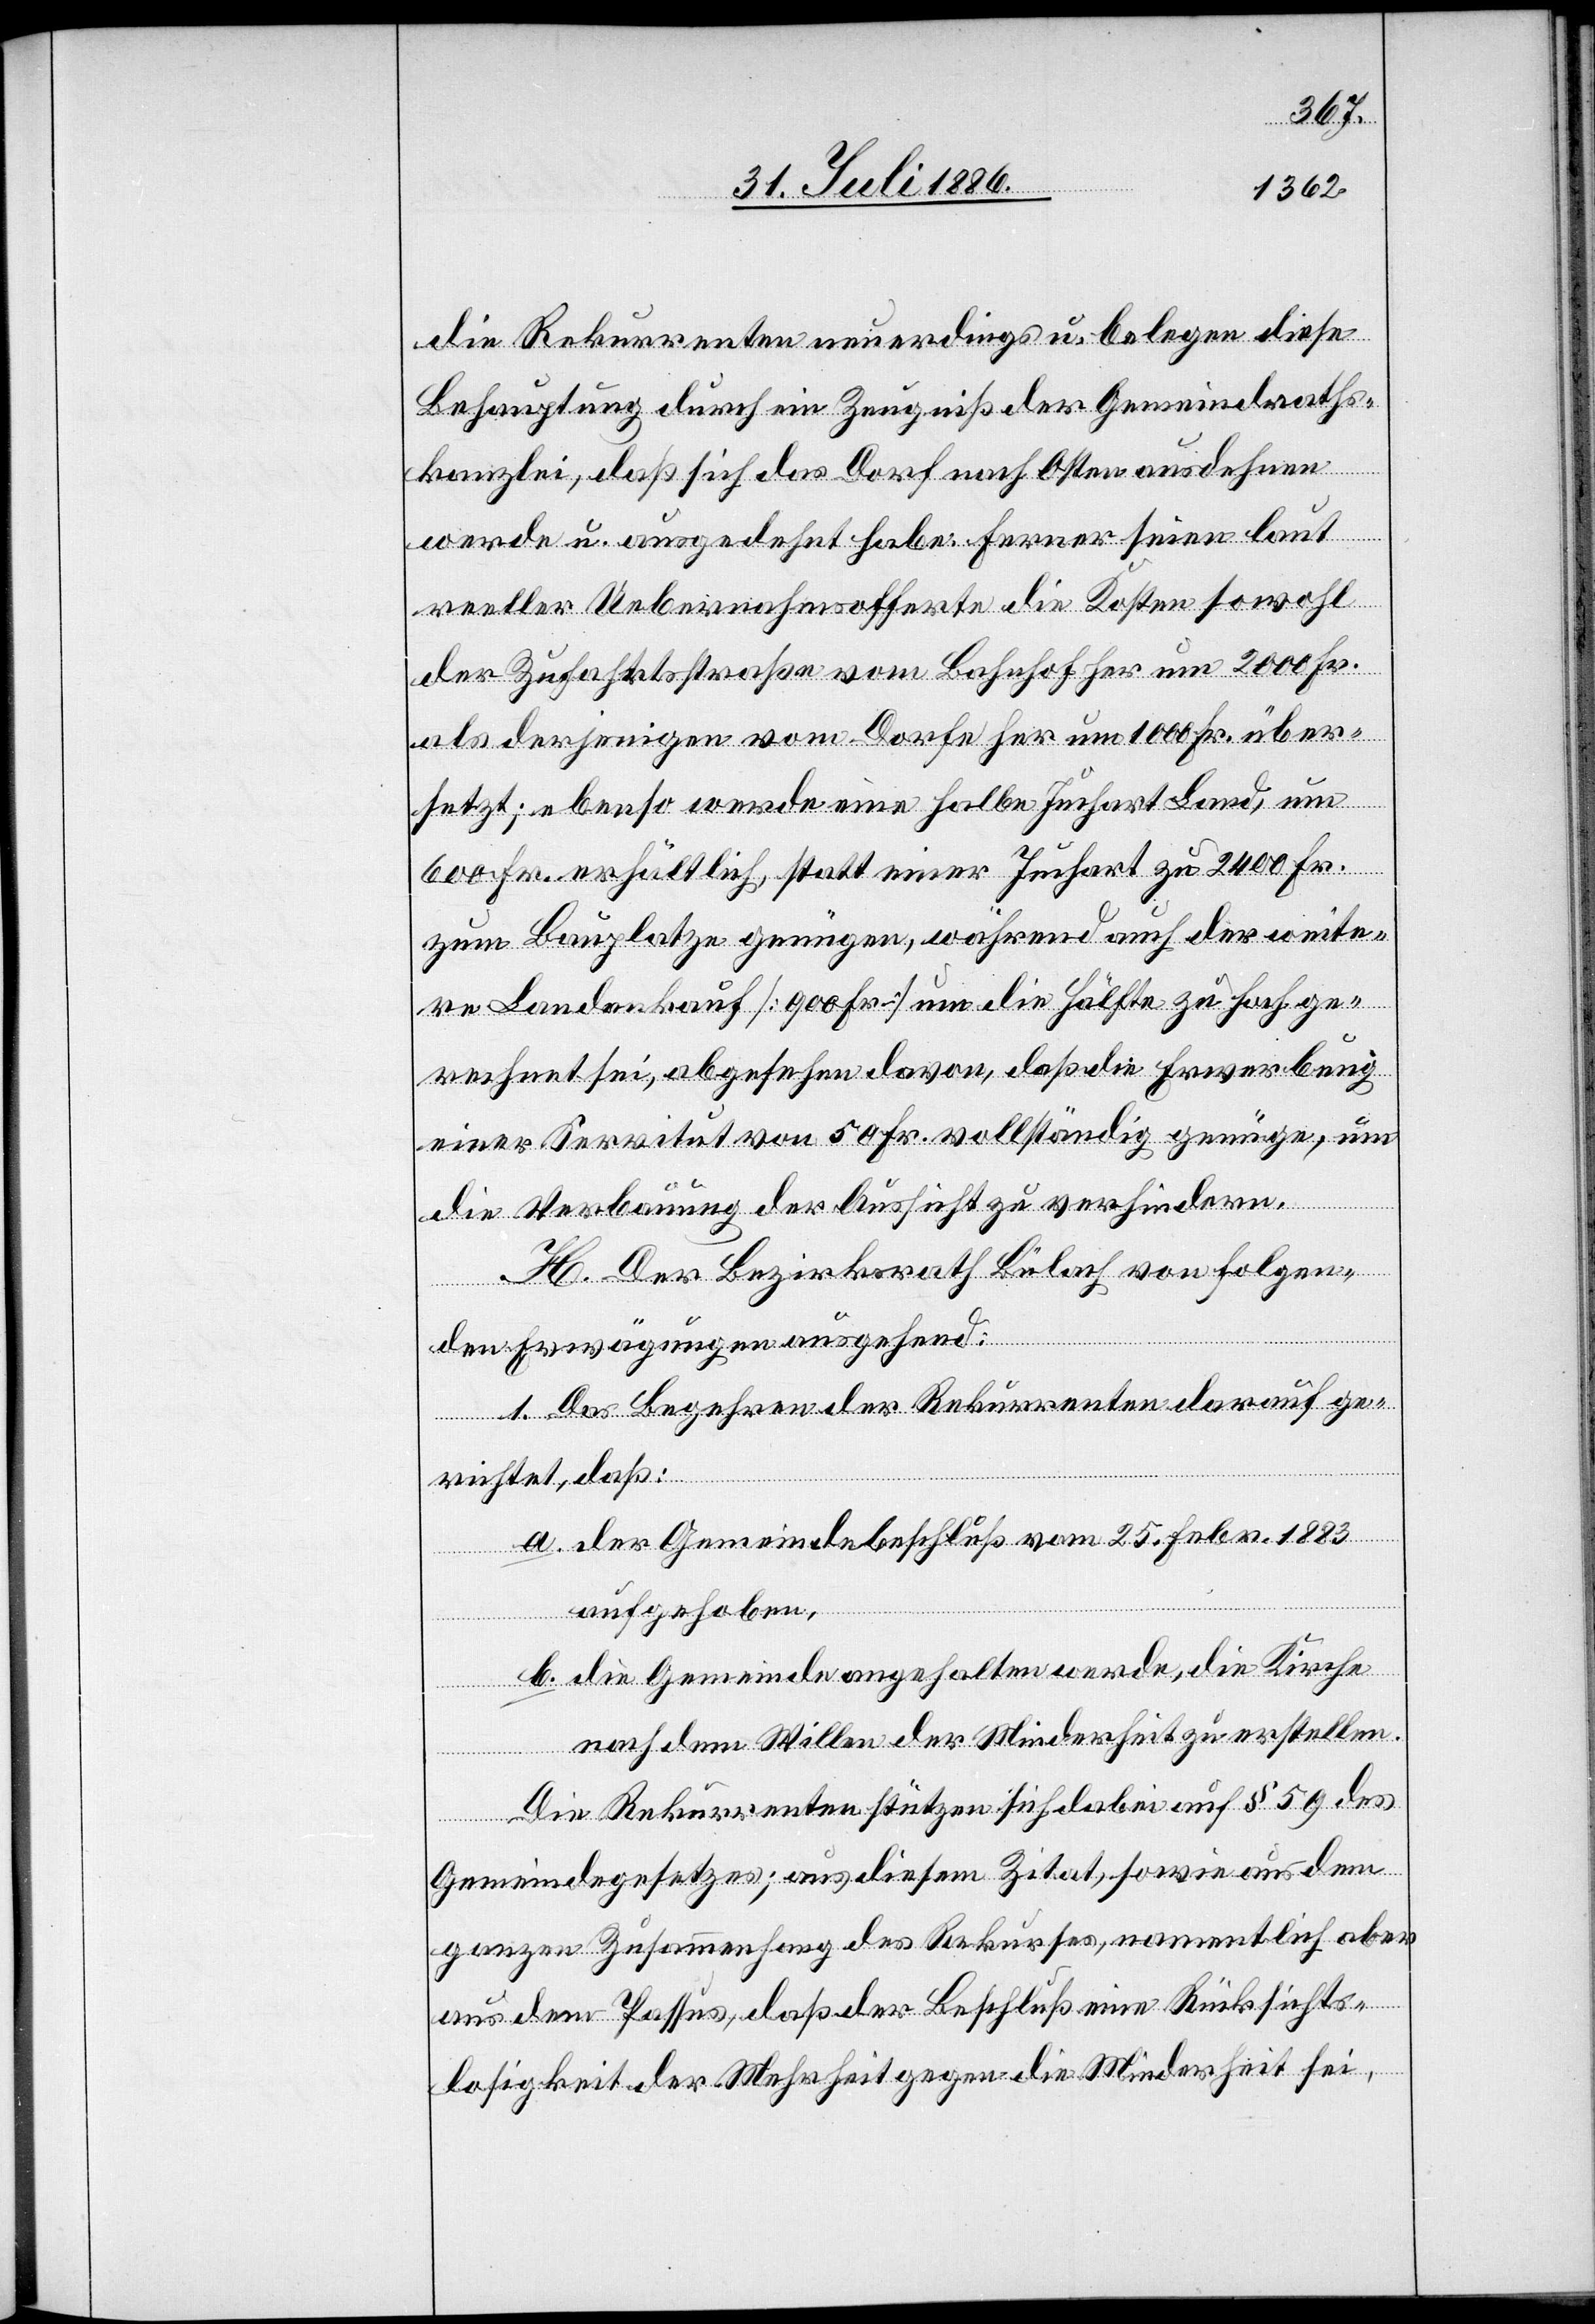
die Rekurrenten neuerdings u. belegen diese
Behauptung durch ein Zeugniß der Gemeindraths¬
kanzlei, daß sich das Dorf nach Osten ausdehnen
werde u. ausgedehnt habe. Ferner seien laut
reeller Uebernahmsofferte die Kosten sowohl
der Zufahrtsstraße vom Bahnhof her um 2000 Fr.
als derjenigen vom Dorfe her um 1000 Fr. über¬
setzt; ebenso werde eine halbe Juchart Land, um
600 Fr. erhältlich, statt einer Juchart zu 2400 Fr.
zum Bauplatze genügen, während auch der weite¬
re Landankauf [900 Fr.] um die Hälfte zu hoch ge¬
rechnet sei, abgesehen davon, daß die Erwerbung
einer Servitut von 50 Fr. vollständig genüge, um
die Verbauung der Aussicht zu verhindern.
H. Der Bezirksrath Bülach von folgen¬
den Erwägungen ausgehend:
1. Das Begehren der Rekurrenten [ist] darauf ge¬
richtet, daß:
a. der Gemeindebeschluß vom 25. Febr. 1883
aufgehoben,
b. die Gemeinde angehalten werde, die Kirche
nach dem Willen der Minderheit zu erstellen.
Die Rekurrenten stützen sich dabei auf § 59 des
Gemeindegesetzes; aus diesem Zitat, sowie aus dem
ganzen Zusammenhang des Rekurses, namentlich aber
aus dem Passus, daß der Beschluß eine Rücksichts¬
losigkeit der Mehrheit gegen die Minderheit sei,